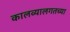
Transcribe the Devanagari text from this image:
कालव्यालगतच्या